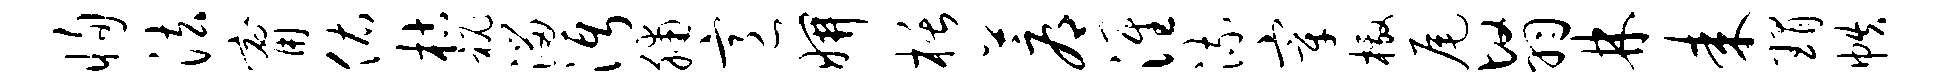
恂法甯佑枯秘溜沔脯意妍栝蓐淮流宰檄尾翳林耒瑁帙